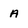
Character: A